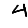
Digit: 4